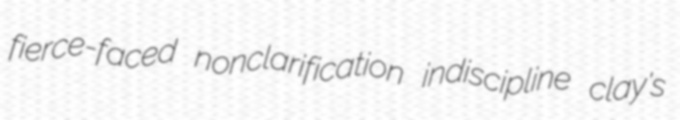
fierce-faced nonclarification indiscipline clay's